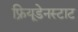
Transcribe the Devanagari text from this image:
फ्रियूडेनस्टाट